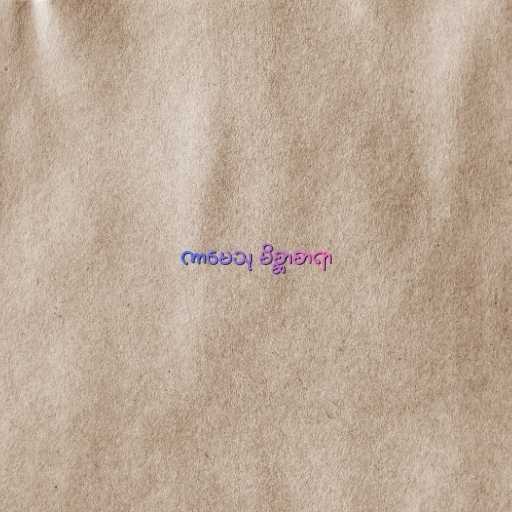
ကာမေသု မိစ္ဆာစာရာ